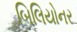
બિલિયોનર